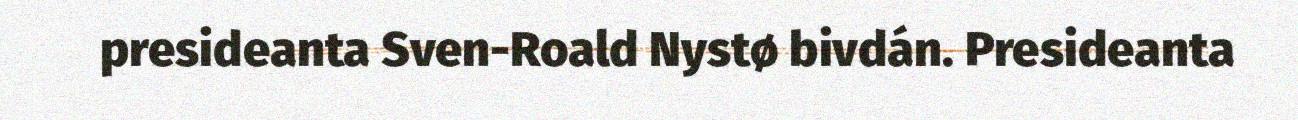
presideanta Sven-Roald Nystø bivdán. Presideanta